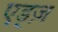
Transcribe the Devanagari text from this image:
एड्ज़